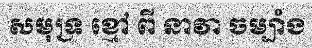
សមុទ្រ ខ្មៅ ពី នាវា ចម្បាំង